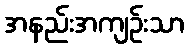
အနည်းအကျဉ်းသာ